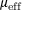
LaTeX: \mu _ { \mathrm { e f f } }